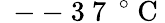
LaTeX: \mathrm{~--~3~7~}\, ^{\circ}\mathrm{~C~}